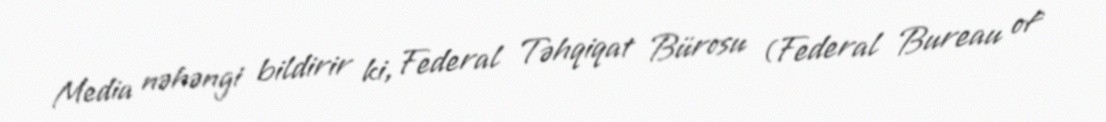
Media nəhəngi bildirir ki, Federal Təhqiqat Bürosu (Federal Bureau of